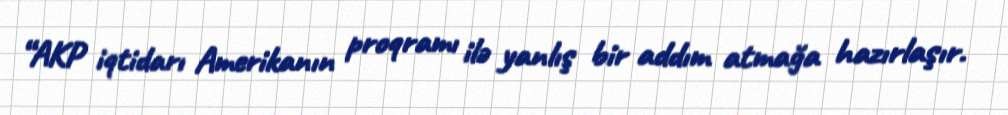
“AKP iqtidarı Amerikanın proqramı ilə yanlış bir addım atmağa hazırlaşır.